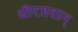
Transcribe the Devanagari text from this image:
धीरजवान्